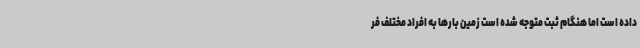
داده است اما هنگام ثبت متوجه شده است زمین بارها به افراد مختلف فر